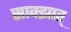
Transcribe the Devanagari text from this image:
साक्झात्